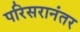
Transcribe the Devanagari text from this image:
परिसरानंतर